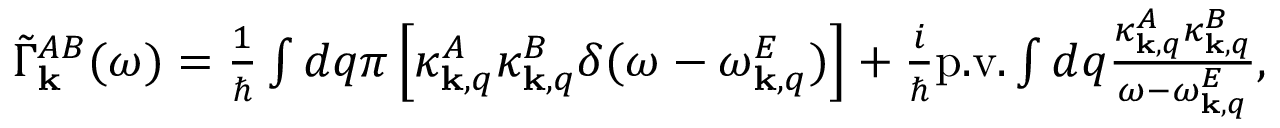
\begin{array} { r } { \tilde { \Gamma } _ { \bf k } ^ { A B } ( \omega ) = \frac { 1 } { \hbar } \int d q \pi \left[ \kappa _ { { \bf k } , q } ^ { A } \kappa _ { { \bf k } , q } ^ { B } \delta ( \omega - \omega _ { { \bf k } , q } ^ { E } ) \right] + \frac { i } { \hbar } \mathrm { p . v . } \int d q \frac { \kappa _ { { \bf k } , q } ^ { A } \kappa _ { { \bf k } , q } ^ { B } } { \omega - \omega _ { { \bf k } , q } ^ { E } } , } \end{array}